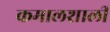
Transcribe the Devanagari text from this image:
कमालशाली